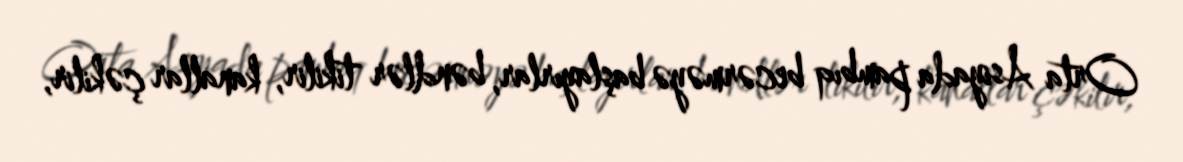
Orta Asiyada pambıq becərməyə başlayırlar, bəndlər tikilir, kanallar çəkilir,